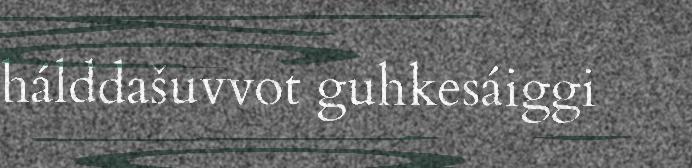
hálddašuvvot guhkesáiggi